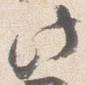
此